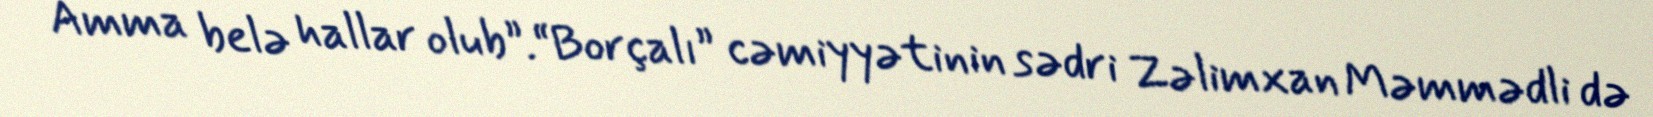
Amma belə hallar olub”.“Borçalı” cəmiyyətinin sədri Zəlimxan Məmmədli də